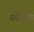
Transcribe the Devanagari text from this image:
कोवक